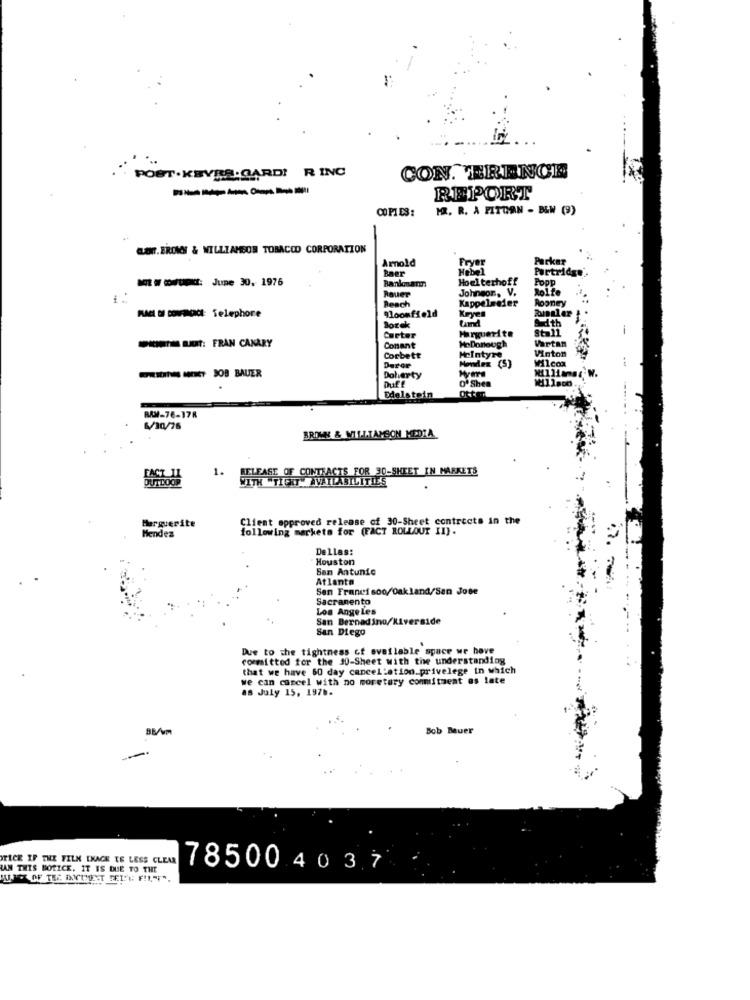
CON. TRENOE
POST. KEVER. CARDI RING
------
REPORT
COPI ES :
MR. R. A PITCON - B&W (9)
CONT. EROV & WILLIAMSON TOBACOD CORPORATION
Arnold
Fryer
Parker
Baer
Hebel
Partridge
--- u: June 30. 1976
Banlonam
Hoeiterhoff
Popp
Rauer
Johnson. V.
Rolfe
Besch
Kappelweder
Rooney
9loomfield
MAC DE CONFANONCE: Telephone
Borek
Kryen
Adth
Marguerite
Stall
Carter
Conant
Mo Donough
Vartan
- : FRAN CANARY
Vinton
Corbett
Mcintyre
Wilcox
-- JOB BAUER
Deror
Mondex (5)
Doherty
O'Shea
Duff
Edelstein
BAM-76-178
5/10/76
BROWN & WILLIAMSON MEDIA
IS FOR 30-SHEET IN MARKETS
OUTDOOR
1.
OF CONTA
Marguerite
Client approved release of 30-Sheet contrects in the
following markets for (FACT ROLLOUT II).
Hendes
Dallas:
Houston
Sam Antunic
Atlanta
San Francisco/Oakland/San Jose
Sacramento
Los Ange Les
San Bernadino/Riverside
San Diego
Due to the tightness of available space we have
committed for the 30-Sheet with the understanding
that we have 60 day cancellation_privelege in which
we can cancel with no moretury commitment es late
as July 15, 1976-
88/m
Bob Bauer
YTICE IF THE FILM ENAGK TE LESS CLEAR
LAN THIS NOTICE. IT IS DUE TO THE
785004037